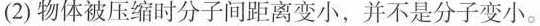
(2)物体被压缩时分子间距离变小，并不是分子变小。